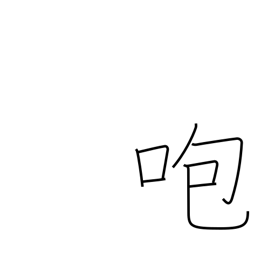
Meaning: get angry